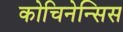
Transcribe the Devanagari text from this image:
कोचिनेन्सिस